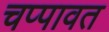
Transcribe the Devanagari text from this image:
चप्पावत